Annual report of lunatic asylums [Bombay] - 1912-1922
Year: 1912
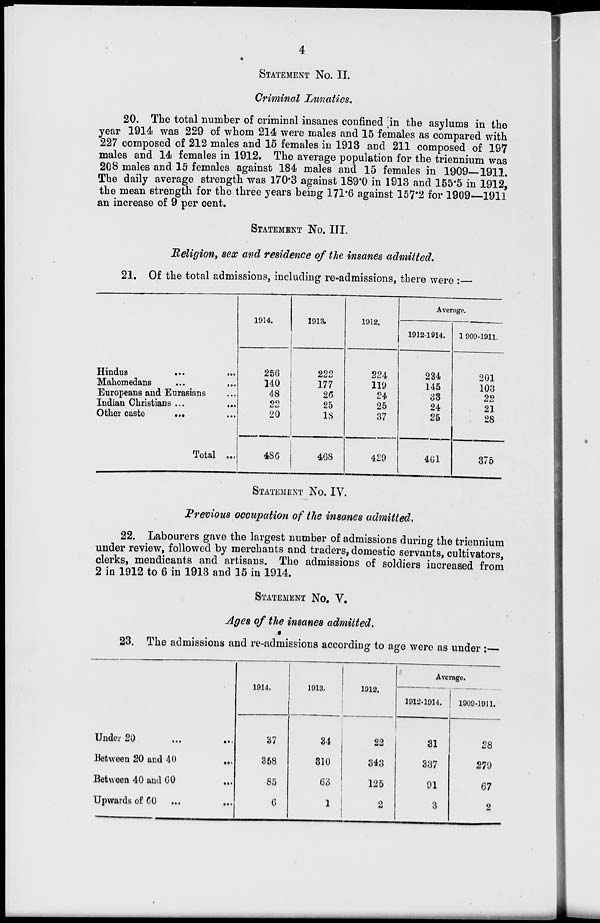
4
STATEMENT No. II.
Criminal Lunatics.
20. The total number of criminal insanes confined in the asylums in the
year 1914 was 229 of whom 214 were males and 15 females as compared with
227 composed of 212 males and 15 females in 1913 and 211 composed of 197
males and 14 females in 1912. The average population for the triennium was
208 males and 15 females against 184 males and 15 females in 1909—1911.
The daily average strength was 170.3 against 189.0 in 1913 and 155.5 in 1912,
the mean strength for the three years being 171.6 against 157.2 for 1909—1911
an increase of 9 per cent.
STATEMENT No. III.
Religion, sex and residence of the insanes admitted.
21. Of the total admissions, including re-admissions, there were :—
Hindus
...
...
Mahomedans ... ...
Europeans and Eurasians ...
Indian Christians ... ...
Other caste ... ...
Total ...
1914.
256
140
48
22
20
486
1913.
222
177
26
25
18
468
1912.
224
119
24
25
37
429
Average.
1912-1914.
234
145
33
24
25
461
1909-1911.
201
103
22
21
28
375
STATEMENT No. IV.
Previous occupation of the insanes admitted.
22. Labourers gave the largest number of admissions during the triennium
under review, followed by merchants and traders, domestic servants, cultivators,
clerks, mendicants and artisans. The admissions of soldiers increased from
2 in 1912 to 6 in 1913 and 15 in 1914.
STATEMENT No. V.
Ages of the insanes admitted.
23. The admissions and re-admissions according to age were as under :—
Under 20 ... ...
Between 20 and 40 ...
Between 40 and
60
...
Upwards of 60 ... ...
1914.
37
358
85
6
1913.
34
310
63
1
1912.
22
343
125
2
Average.
1912-1914.
31
337
91
3
1909-1911.
28
279
67
2